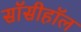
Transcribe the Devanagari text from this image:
सॉसीहॉल